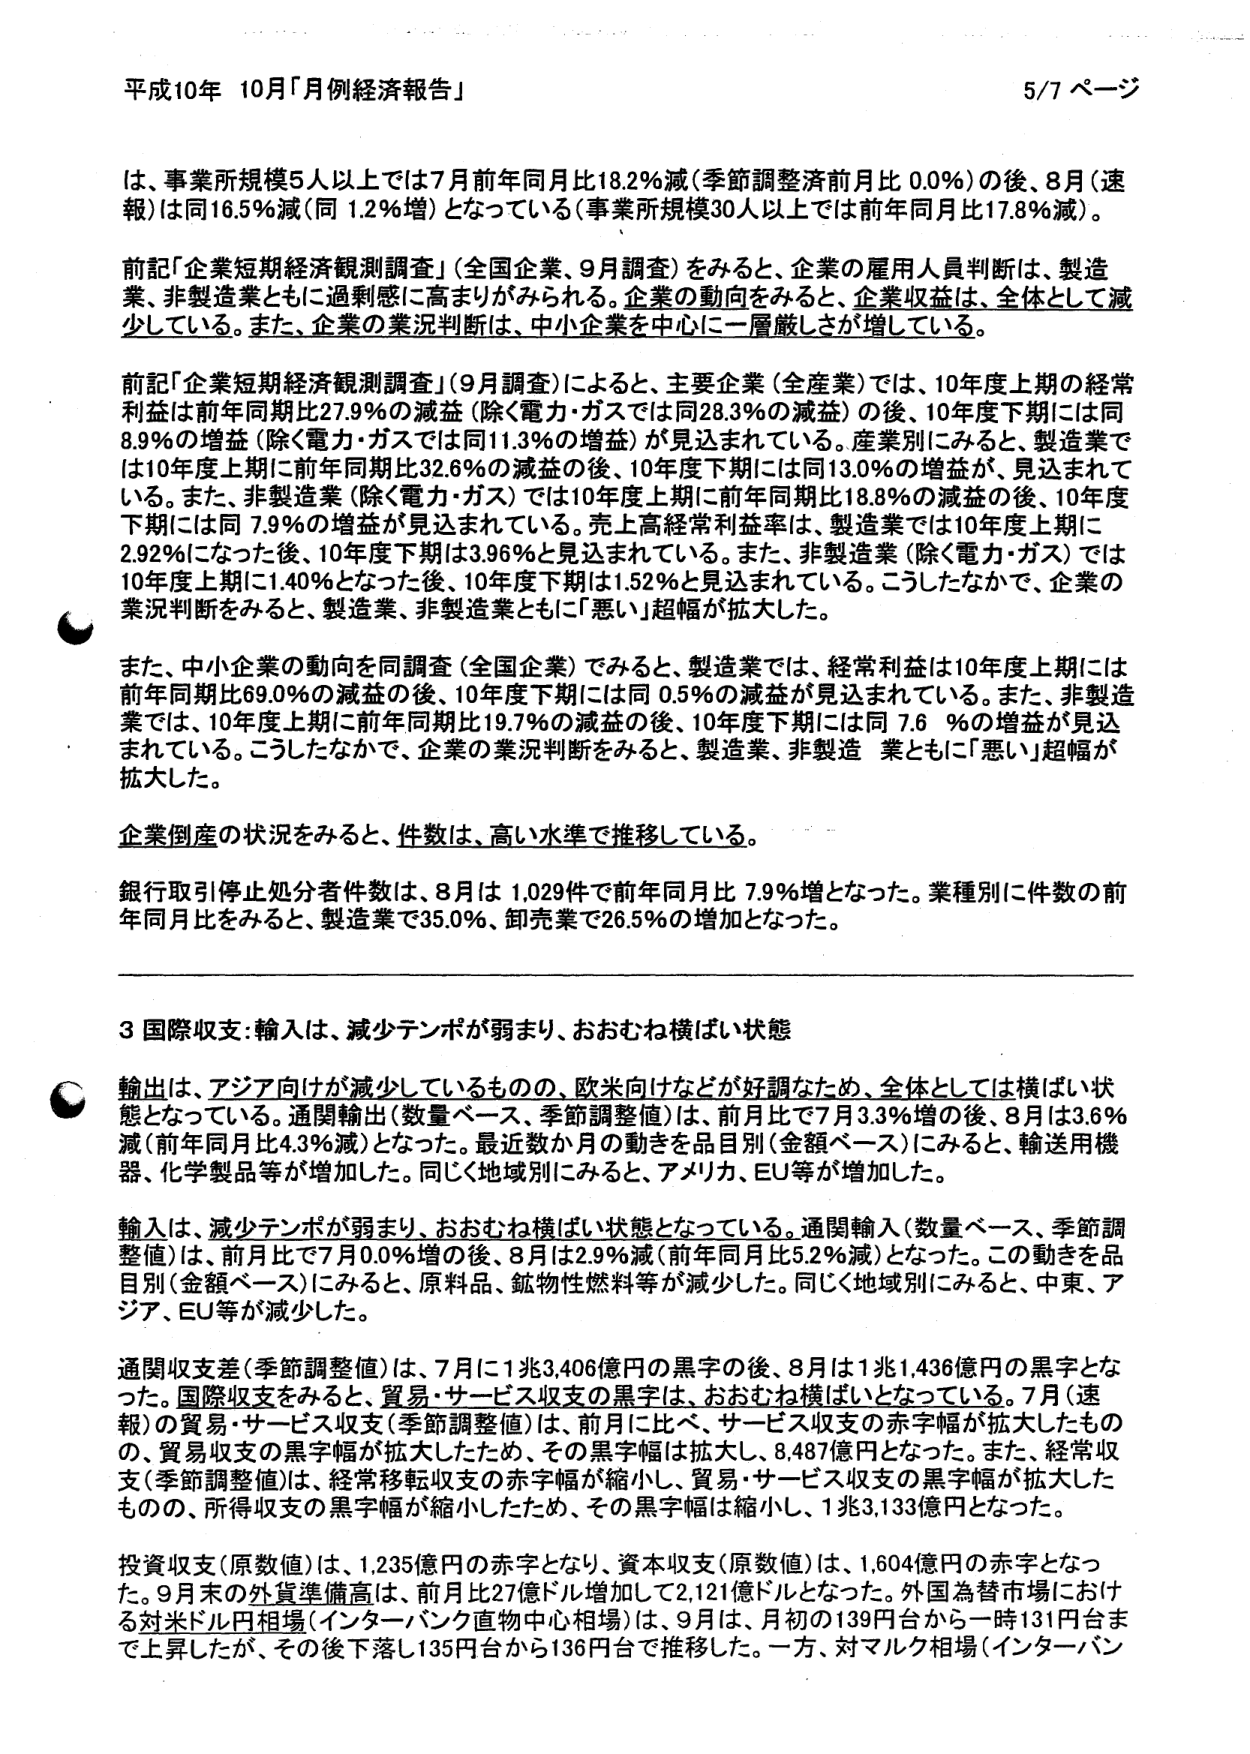
平成10年 10月「月例経済報告」 5/7 ページ

は、事業所規模5人以上では7月前年同月比18.2％減（季節調整済前月比 0.0％）の後、8月（速報）は同16.5％減（同 1.2％増）となっている（事業所規模30人以上では前年同月比17.8％減）。

前記「企業短期経済観測調査」（全国企業、9月調査）をみると、企業の雇用人員判断は、製造業、非製造業ともに過剰感に高まりがみられる。企業の動向をみると、企業収益は、全体として減少している。また、企業の業況判断は、中小企業を中心に一層厳しさが増している。

前記「企業短期経済観測調査」（9月調査）によると、主要企業（全産業）では、10年度上期の経常利益は前年同期比27.9％の減益（除く電力・ガスでは同28.3％の減益）の後、10年度下期には同8.9％の増益（除く電力・ガスでは同11.3％の増益）が見込まれている。産業別にみると、製造業では10年度上期に前年同期比32.6％の減益の後、10年度下期には同13.0％の増益が、見込まれている。また、非製造業（除く電力・ガス）では10年度上期に前年同期比18.8％の減益の後、10年度下期には同 7.9％の増益が見込まれている。売上高経常利益率は、製造業では10年度上期に2.92％になった後、10年度下期は3.96％と見込まれている。また、非製造業（除く電力・ガス）では10年度上期に1.40％となった後、10年度下期は1.52％と見込まれている。こうしたなかで、企業の業況判断をみると、製造業、非製造業ともに「悪い」超幅が拡大した。

また、中小企業の動向を同調査（全国企業）でみると、製造業では、経常利益は10年度上期には前年同期比69.0％の減益の後、10年度下期には同 0.5％の減益が見込まれている。また、非製造業では、10年度上期に前年同期比19.7％の減益の後、10年度下期には同 7.6 ％の増益が見込まれている。こうしたなかで、企業の業況判断をみると、製造業、非製造業ともに「悪い」超幅が拡大した。

企業倒産の状況をみると、件数は、高い水準で推移している。

銀行取引停止処分者件数は、8月は 1,029件で前年同月比 7.9％増となった。業種別に件数の前年同月比をみると、製造業で35.0％、卸売業で26.5％の増加となった。

3 国際収支：輸入は、減少テンポが弱まり、おおむね横ばい状態

輸出は、アジア向けが減少しているものの、欧米向けなどが好調なため、全体としては横ばい状態となっている。通関輸出（数量ベース、季節調整値）は、前月比で7月3.3％増の後、8月は3.6％減（前年同月比4.3％減）となった。最近数か月の動きを品目別（金額ベース）にみると、輸送用機器、化学製品等が増加した。同じく地域別にみると、アメリカ、EU等が増加した。

輸入は、減少テンポが弱まり、おおむね横ばい状態となっている。通関輸入（数量ベース、季節調整値）は、前月比で7月0.0％増の後、8月は2.9％減（前年同月比5.2％減）となった。この動きを品目別（金額ベース）にみると、原料品、鉱物性燃料等が減少した。同じく地域別にみると、中東、アジア、EU等が減少した。

通関収支差（季節調整値）は、7月に1兆3,406億円の黒字の後、8月は1兆1,436億円の黒字となった。国際収支をみると、貿易・サービス収支の黒字は、おおむね横ばいとなっている。7月（速報）の貿易・サービス収支（季節調整値）は、前月に比べ、サービス収支の赤字幅が拡大したものの、貿易収支の黒字幅が拡大したため、その黒字幅は拡大し、8,487億円となった。また、経常収支（季節調整値）は、経常移転収支の赤字幅が縮小し、貿易・サービス収支の黒字幅が拡大したものの、所得収支の黒字幅が縮小したため、その黒字幅は縮小し、1兆3,133億円となった。

投資収支（原数値）は、1,235億円の赤字となり、資本収支（原数値）は、1,604億円の赤字となった。9月末の外貨準備高は、前月比27億ドル増加して2,121億ドルとなった。外国為替市場における対米ドル円相場（インター・バンク直物中心相場）は、9月は、月初の139円台から一時131円台まで上昇したが、その後下落し135円台から136円台で推移した。一方、対マルク相場（インター・バン